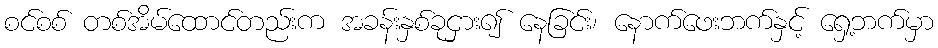
စင်စစ် တစ်အိမ်ထောင်တည်းက အခန်းနှစ်ခုငှား၍ နေခြင်း၊ နောက်ဖေးဘက်နှင့် ရှေ့ဘက်မှာ